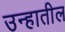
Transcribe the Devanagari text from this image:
उन्हातील